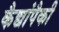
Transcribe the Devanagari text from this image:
कैद्यांपैकी